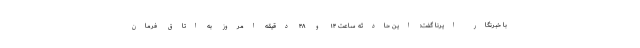
با خبرنگار ایرنا گفت: این حادثه ساعت ۱۴ و ۴۸ دقیقه امروز به اتاق فرمان